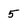
Character: 5